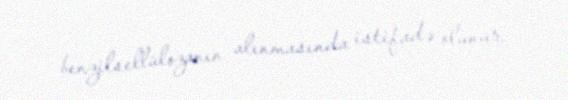
benzilsellülozanın alınmasında istifadə olunur.